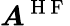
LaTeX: \boldsymbol{\mathit{A}}^{\mathrm{{~H~F~}}}